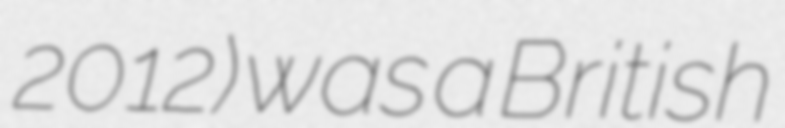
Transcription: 2012) was a British